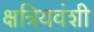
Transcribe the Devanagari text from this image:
क्षत्रियवंशी